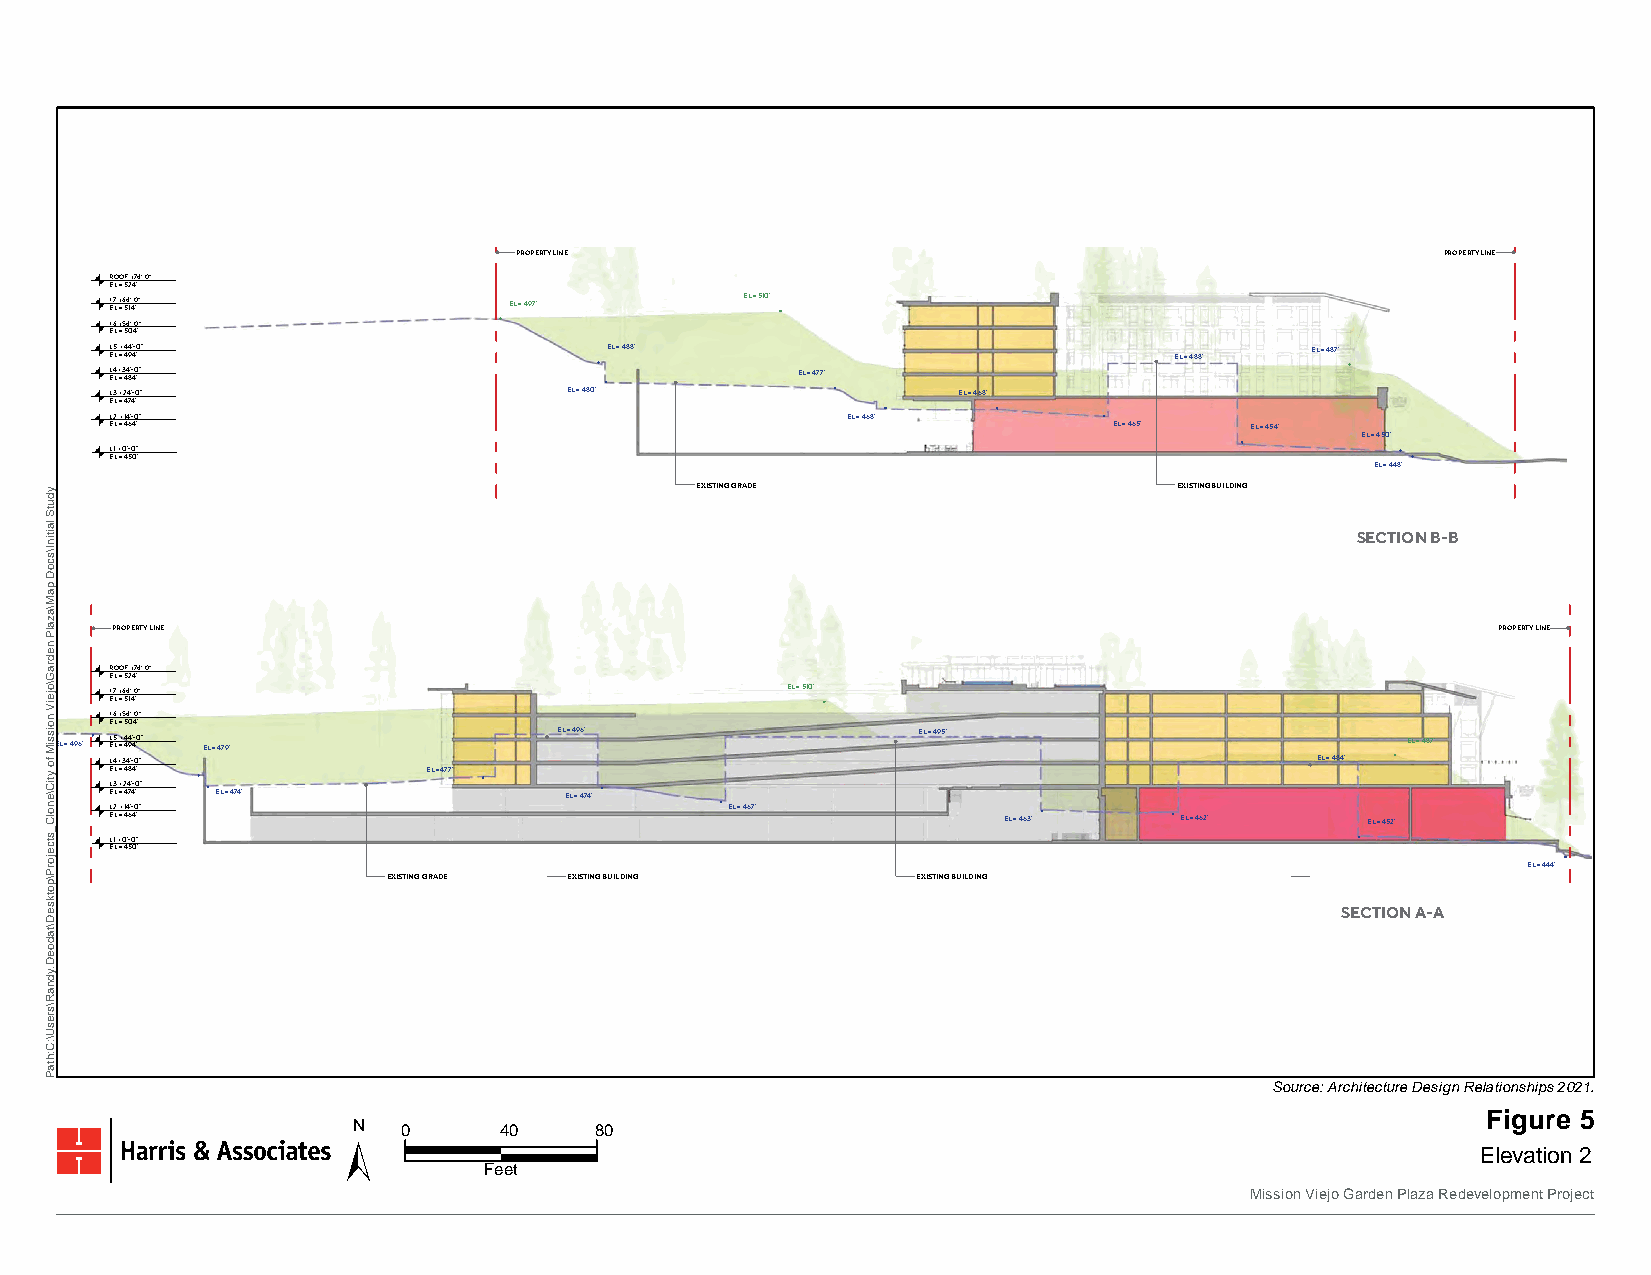
B               B
 A               A
 PROPERTY LINE                                                 PROPERTY LINE
 ROOF +74’-0”
 EL = 524’
 L E7 L + =6 54 1’ 4-0 ’”   EL = 497’      EL = 510’
 L6 +54’-0”
 EL = 504’
 L E5 L =+ 4 44 9’ 4- ’0”         EL = 488’                             EL = 488’ EL = 487’
 L E4 L + =3 44 8’- 40 ’”                      EL = 477’
 L3 +24’-0”                    EL = 480’                 EL = 468’
 EL = 474’
 L2 +14’-0”                                       EL = 468’
 EL = 464’                                                          EL = 465’ EL = 454’
 EL = 450’
 L1 +0’-0”
 EL = 450’
 EL = 448’
 EXISTING GRADE                  EXISTING BUILDING
 SECTION B-B
 PROPERTY LINE                                                                               PROPERTY LINE
 ROOF +74’-0”
 EL = 524’
 L7 +64’-0”                                   EL = 510’
 EL = 514’
 L6 +54’-0” EL = 504’
 EL = 496’               EL = 495’
 EL = 496’ L E5 L =+ 4 44 9’ 4- ’0” EL = 479’                                             EL = 487’
 L4 +34’-0”                                                                      EL = 484’
 EL = 484’            EL = 477’
 L3 +24’-0”
 EL = 474’ EL = 474’           EL = 474’
 L2 +14’-0”                               EL = 467’
 EL = 464’                                                  EL = 463’   EL = 462’   EL = 452’
 L1 +0’-0”
 EL = 450’
 EL = 444’
 EXISTING GRADE EXISTING BUILDING   EXISTING BUILDING
 SECTION A-A
 LA PAZ & MARGUERITE                                             OPTION 20 SITE SECTIONS          12
 Mission Viejo, CA
 VALUE ROCK REALTY PARTNERS                                     0  20’ 40’  80’                E Jox bh i Nbi ot .No. 201M 9V -5- 93 94
 Date 2021-10-09
 Source: Architecture Design Relationships 2021.
 Figure 5
 N   0     40    80
 Elevation 2
 Feet
 Mission Viejo Garden Plaza Redevelopment Project
 ydutS
 laitinI\scoD
 paM\azalP
 nedraG\ojeiV
 noissiM
 fo
 ytiC\enolC_stcejorP\potkseD\tadoeD.ydnaR\sresU\:C:htaP